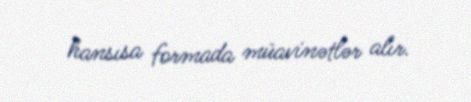
hansısa formada müavinətlər alır.